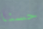
حسنا